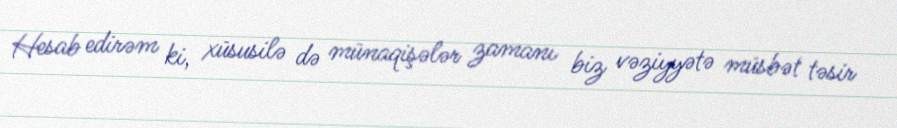
Hesab edirəm ki, xüsusilə də münaqişələr zamanı biz vəziyyətə müsbət təsir